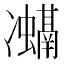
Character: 𭂨